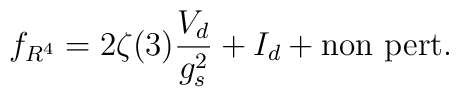
f_{R^4}= 2\zeta(3) \frac{V_d}{g_s^2} + I_d + \mbox{non pert.}